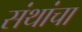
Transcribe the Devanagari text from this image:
संथांचा